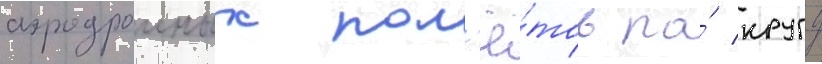
аэродромных пол'ё́тов по́ кругу